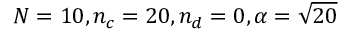
N = 1 0 , n _ { c } = 2 0 , n _ { d } = 0 , \alpha = \sqrt { 2 0 }